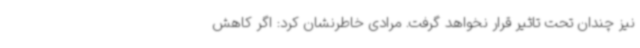
نیز چندان تحت تاثیر قرار نخواهد گرفت. مرادی خاطرنشان کرد: اگر کاهش